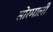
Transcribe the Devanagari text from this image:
सोरमाली